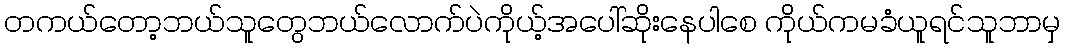
တကယ်တော့ဘယ်သူတွေဘယ်လောက်ပဲကိုယ့်အပေါ်ဆိုးနေပါစေ ကိုယ်ကမခံယူရင်သူဘာမှ